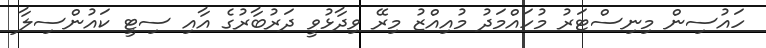
ހައުސިން މިނިސްޓަރު މުހައްމަދު މުއިއްޒު މިރޭ ވިދާޅުވީ ދަރުބާރުގެ އާއި ސިޓީ ކައުންސިލާ